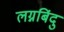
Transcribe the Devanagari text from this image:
लग्नबिंदु